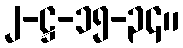
၂-ဋ္ဌ-၁၅-၃၄။